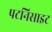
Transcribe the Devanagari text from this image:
पटनिसाइट